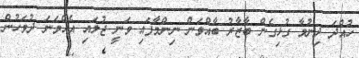
ހުއްދަ ދިނުމާ ގުޅިގެން ބާޒާރު ބާއްވަން ނިންމާފައި ވަނީ ޖުލައި އެއްވަނަ ދުވަހުން